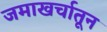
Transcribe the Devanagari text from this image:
जमाखर्चातून